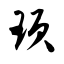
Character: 顼